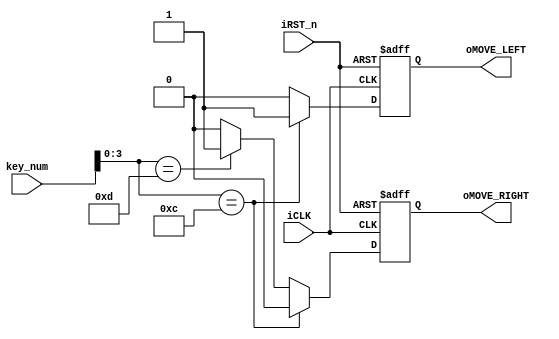
//--S13S14
module block_move(iCLK,iRST_n,key_num,oMOVE_LEFT,oMOVE_RIGHT);
	input iCLK,iRST_n;
	input [15:0]key_num;		//
	output oMOVE_LEFT;   	//
	output oMOVE_RIGHT;  	//

	reg oMOVE_LEFT;
	reg oMOVE_RIGHT;

	always@(posedge iCLK or negedge iRST_n) // 
		begin
			if(!iRST_n) 
				begin  
					oMOVE_LEFT<=1'b0;       //
					oMOVE_RIGHT<=1'b0;  
				end
			else
				begin
					if(key_num[3:0]==4'hC)		//S13
						begin
							oMOVE_LEFT<=1'b1;
							oMOVE_RIGHT<=1'b0;
						end
					else if(key_num[3:0]==4'hD)	//S14
						begin
							oMOVE_LEFT<=1'b0;
							oMOVE_RIGHT<=1'b1;
						end
					else
						begin
							oMOVE_LEFT<=1'b0;
							oMOVE_RIGHT<=1'b0;
						end
				end
		end
		
endmodule